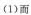
(1)而